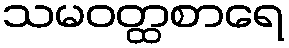
သမဝတ္ထစာရေ